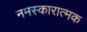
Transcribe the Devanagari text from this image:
नमस्कारात्मक